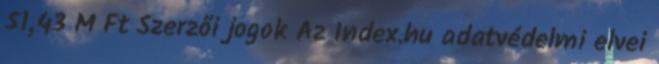
51,43 M Ft Szerzői jogok Az Index.hu adatvédelmi elvei